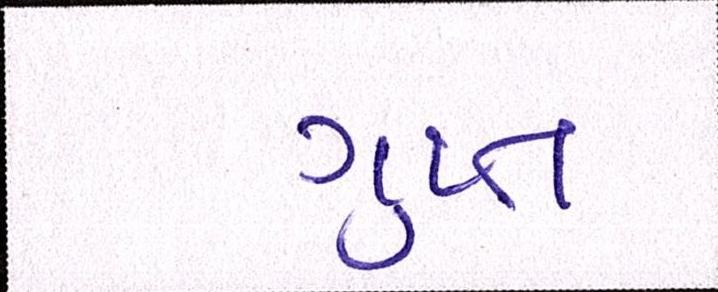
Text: ગુપ્ત